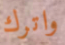
واترك